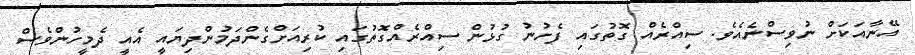
އޭނާއަކަށް ނުވިސްނެއެވެ. ސިއްރެއް ގޮތުގައި ފެށުނު ގުޅުން ސިއްރެއްގޮތުގައި ކުރިއަށްގެންދަމުންދިޔައީ އެއީ ދެމީހުންވެސް